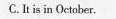
C.It is in October.